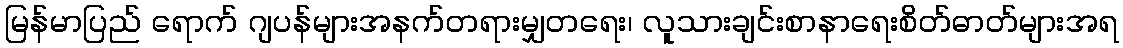
မြန်မာပြည် ရောက် ဂျပန်များအနက်တရားမျှတရေး၊ လူသားချင်းစာနာရေးစိတ်ဓာတ်များအရ